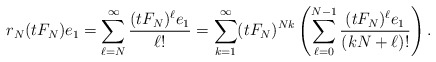
\begin{align*} r_N(t F_N) e_1 = \sum\limits_{\ell=N}^\infty \frac{(t F_N)^\ell e_1}{\ell !} = \sum\limits_{k=1}^\infty (t F_N)^{Nk} \left( \sum\limits_{\ell=0}^{N-1} \frac{(tF_N)^\ell e_1}{ ( k N + \ell)!} \right).\end{align*}